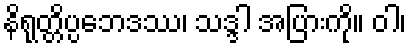
နိရုတ္တိပ္ပဘေဒဿ၊ သဒ္ဒါ အပြားကို။ ဝါ၊